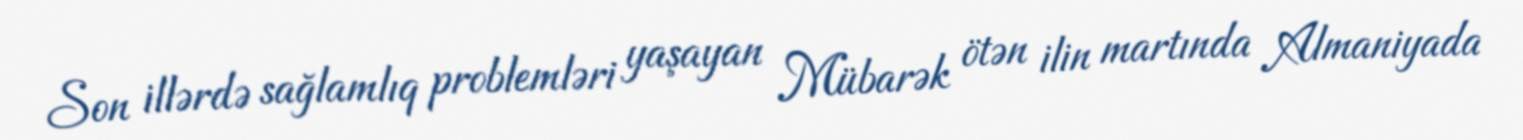
Son illərdə sağlamlıq problemləri yaşayan Mübarək ötən ilin martında Almaniyada